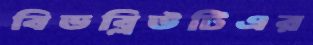
বিডব্লিউটিএর